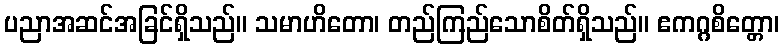
ပညာအဆင်အခြင်ရှိသည်။ သမာဟိတော၊ တည်ကြည်သောစိတ်ရှိသည်။ ဧကဂ္ဂစိတ္တော၊